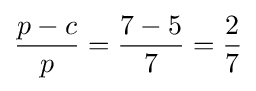
{\frac {p-c}{p}}={\frac {7-5}{7}}={\frac {2}{7}}